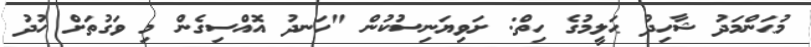
މުޙަންމަދު ޝާހިދު ޙަލީމުގެ ހިތް: ށަވިޔަނިސުކުން "ހަނދު އޮއްސިގެން މި ވަގުތަށް ހުދު